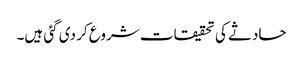
حادثے کی تحقیقات شروع کر دی گئی ہیں۔